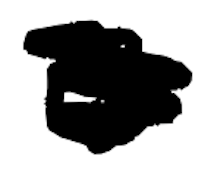
Text: is
Cross-out: mix
Writing tool: digital_black